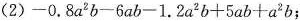
（2）$$ - 0 . 8 α ^ { 2 } b - 6 a b - 1 . 2 a ^ { 2 } b + 5 a b + a ^ { 2 } b$$；